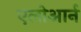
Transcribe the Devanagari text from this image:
एलोआर्न